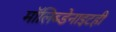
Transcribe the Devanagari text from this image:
मॉलिब्डेनाइटही